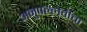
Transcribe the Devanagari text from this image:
अनुपल्लवीचा